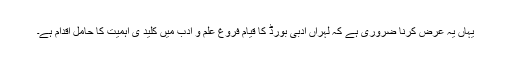
یہاں یہ عرض کرنا ضروری ہے کہ لہراں ادبی بورڈ کا قیام فروغ علم و ادب میں کلید ی اہمیت کا حامل اقدام ہے۔